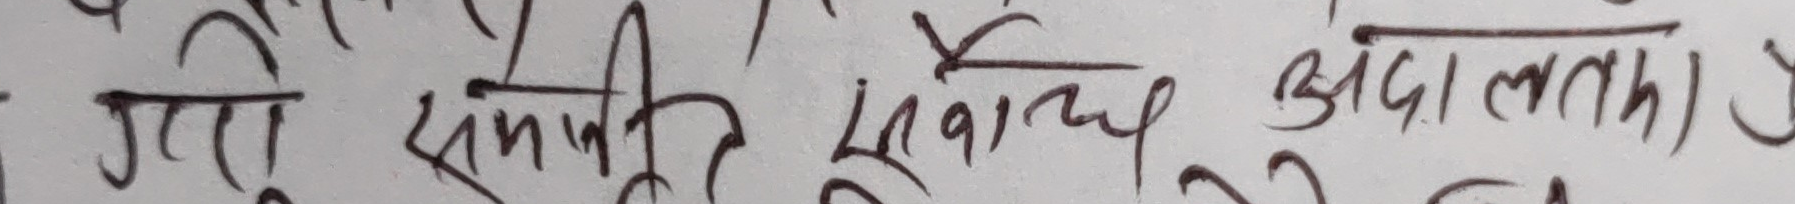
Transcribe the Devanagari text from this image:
गरि सम्बधित सँबालन अदालतमा पेश